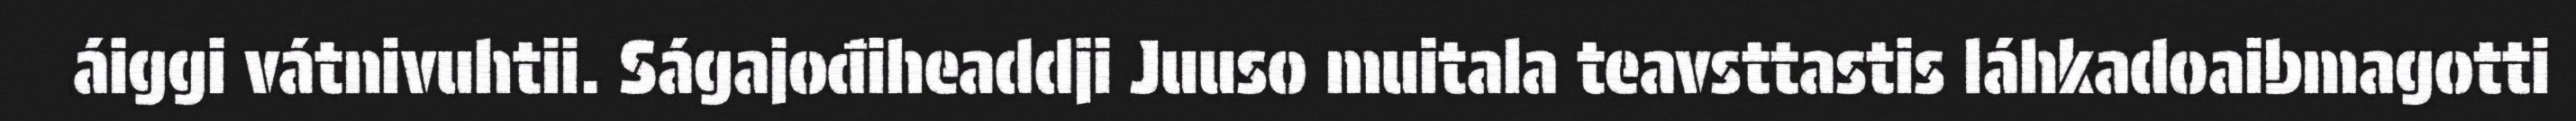
áiggi vátnivuhtii. Ságajođiheaddji Juuso muitala teavsttastis láhkadoaibmagotti